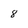
Character: 8